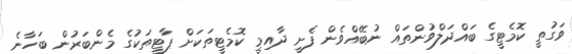
ވަގުތީ ކޮމެޓީގެ ބައްދަލްވުންތައް ނުބޭއްވެން ފެށީ ދާއިމީ ކޮމެޓީތަކަށް ޕާޓީތަކުގެ މެންބަރުން ބަހާނެ